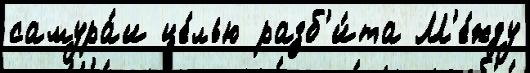
самура́и це́лью разб'и́та М'е́жду